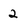
Character: 2